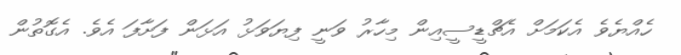
ހެއްޔެވެ އެކަމަށް އެޗްޑީސީއިން މިހާރު ވަނީ ފިޔަވަޅު އަޅަން ފަށާފަ އެވެ. އެގޮތުން